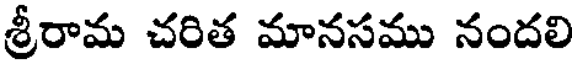
శ్రీరామ చరిత మానసము నందలి